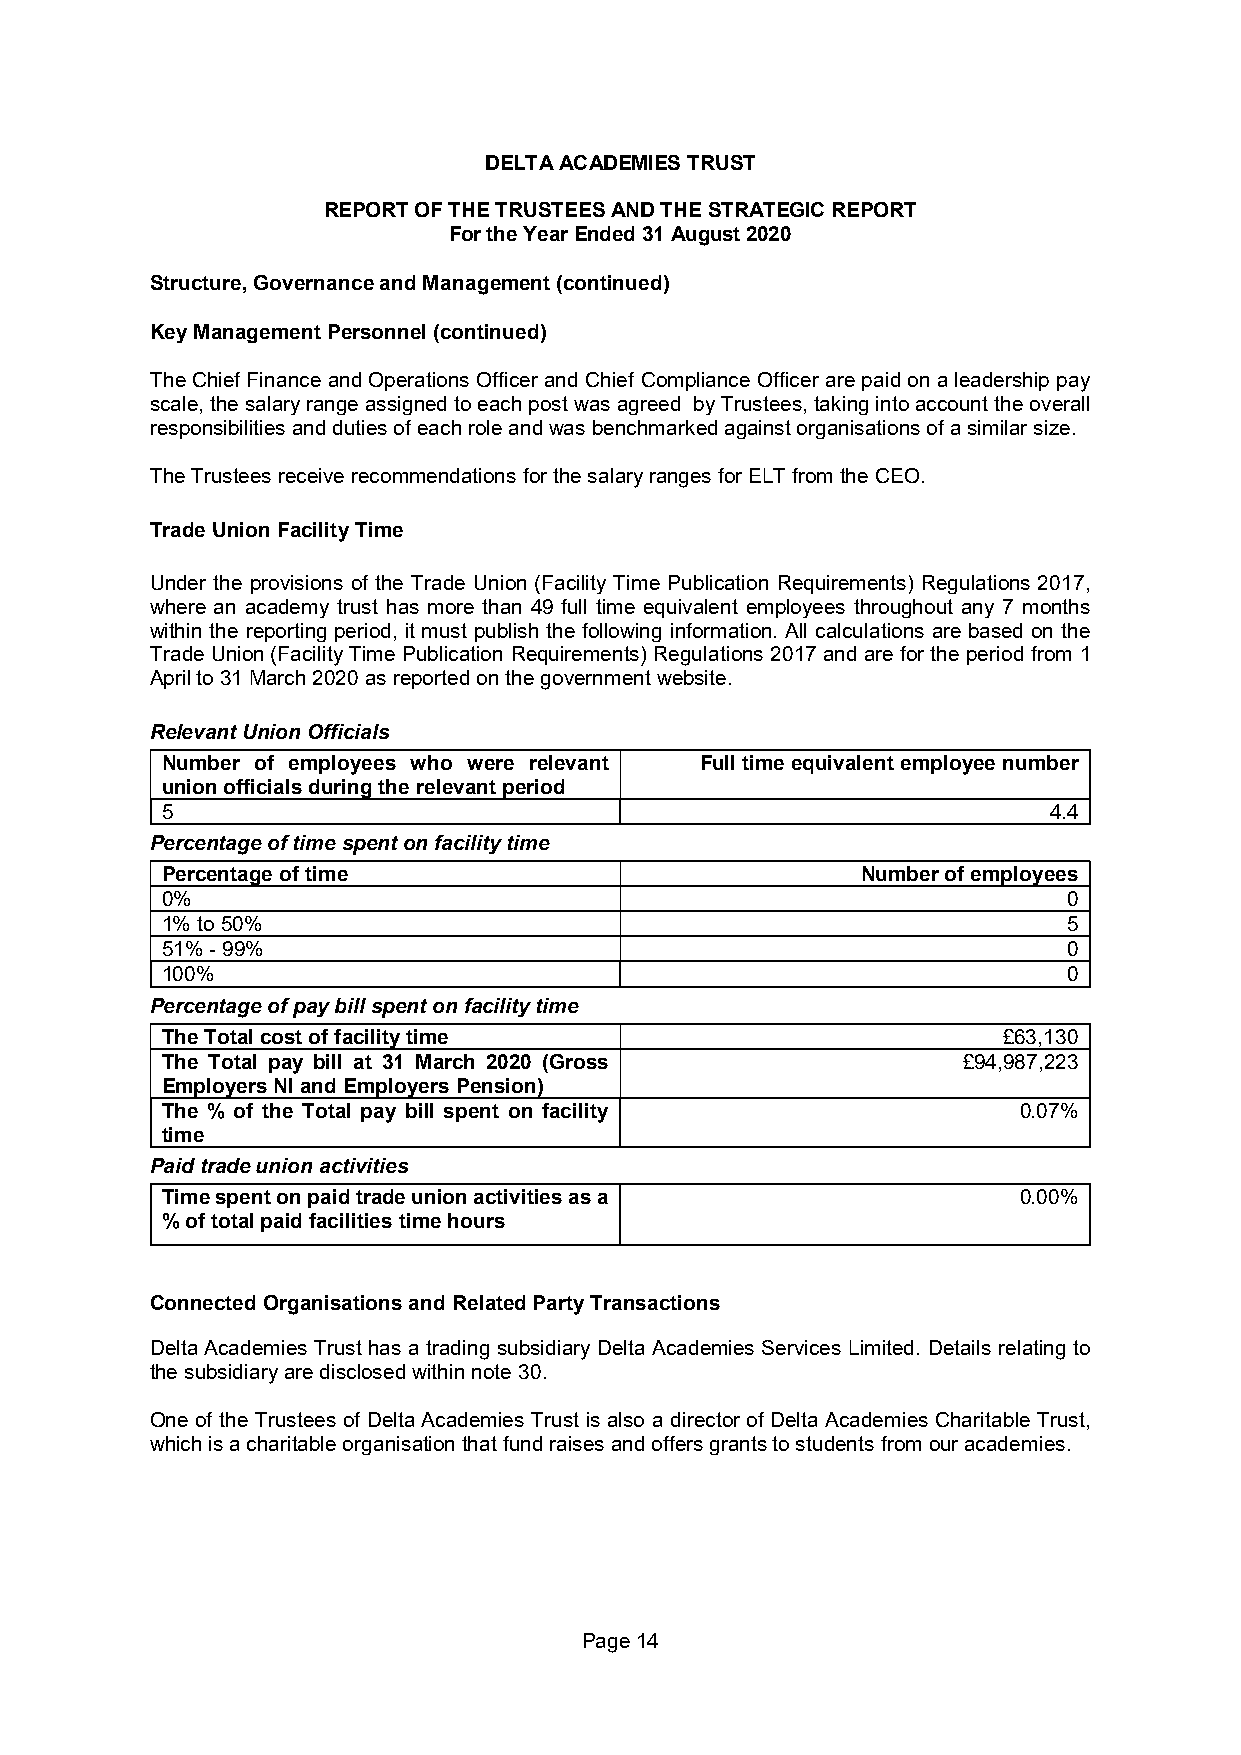
DELTA ACADEMIES TRUST
 REPORT OF THE TRUSTEES AND THE STRATEGIC REPORT
 For the Year Ended 31 August 2020
 Structure, Governance and Management (continued)
 Key Management Personnel (continued)
 The Chief Finance and Operations Officer and Chief Compliance Officer are paid on a leadership pay
 scale, the salary range assigned to each post was agreed by Trustees, taking into account the overall
 responsibilities and duties of each role and was benchmarked against organisations of a similar size.
 The Trustees receive recommendations for the salary ranges for ELT from the CEO.
 Trade Union Facility Time
 Under the provisions of the Trade Union (Facility Time Publication Requirements) Regulations 2017,
 where an academy trust has more than 49 full time equivalent employees throughout any 7 months
 within the reporting period, it must publish the following information. All calculations are based on the
 Trade Union (Facility Time Publication Requirements) Regulations 2017 and are for the period from 1
 April to 31 March 2020 as reported on the government website.
 Relevant Union Officials
 Number of employees who were relevant Full time equivalent employee number
 union officials during the relevant period
 5                                                         4.4
 Percentage of time spent on facility time
 Percentage of time                            Number of employees
 0%                                                          0
 1% to 50%                                                   5
 51% - 99%                                                   0
 100%                                                        0
 Percentage of pay bill spent on facility time
 The Total cost of facility time                        £63,130
 The Total pay bill at 31 March 2020 (Gross           £94,987,223
 Employers NI and Employers Pension)
 The % of the Total pay bill spent on facility           0.07%
 time
 Paid trade union activities
 Time spent on paid trade union activities as a          0.00%
 % of total paid facilities time hours
 Connected Organisations and Related Party Transactions
 Delta Academies Trust has a trading subsidiary Delta Academies Services Limited. Details relating to
 the subsidiary are disclosed within note 30.
 One of the Trustees of Delta Academies Trust is also a director of Delta Academies Charitable Trust,
 which is a charitable organisation that fund raises and offers grants to students from our academies.
 Page 14